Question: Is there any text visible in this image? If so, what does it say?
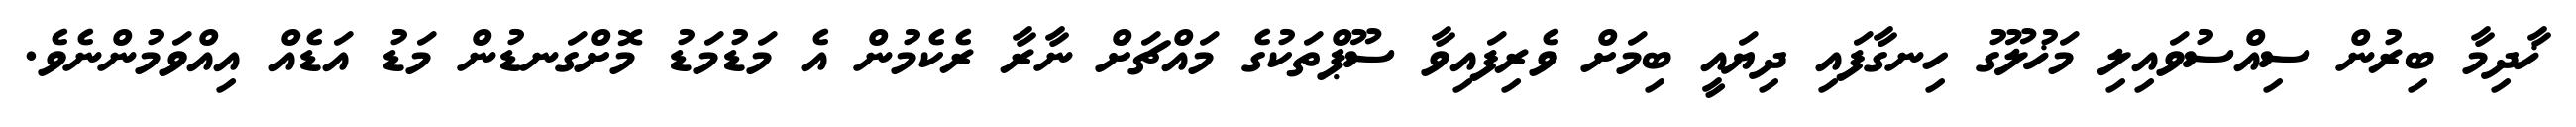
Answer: ޚާދިމާ ބިރުން ސިއްސުވައިލި މަޚުލޫގު ހިނގާފައި ދިޔައީ ބިމަށް ވެރިފައިވާ ސޫޕްތަކުގެ މައްޗަށް ނާރާ ރެކެމުން އެ މަޑުމަޑު މޮށްގަނޑުން މަޑު އަޑެއް އިއްވަމުންނެވެ.